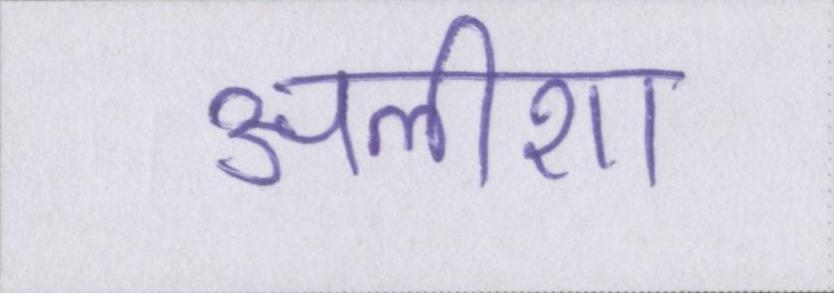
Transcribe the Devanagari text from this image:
अलीशा